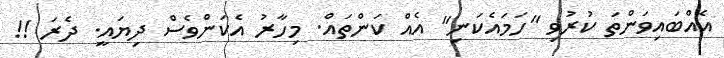
އެއްބައިވަންތަ ކުރުވި "ހަމައެކަނި" އެއް ކަންތައް. މިހާރު އެކަންވެސް ދިޔައީ. ދެރަ !!